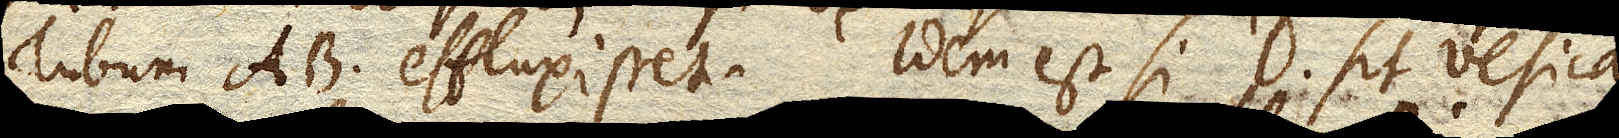
Tubum AB effluxisset. Idem est si D sit vesica